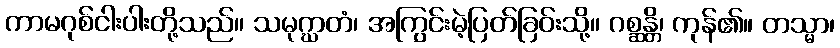
ကာမဂုစ်ငါးပါးတို့သည်။ သမုဂ္ဃာတံ၊ အကြွင်းမဲ့ပြတ်ခြဝ်းသို့။ ဂစ္ဆန္တိ၊ ကုန်၏။ တသ္မာ၊